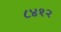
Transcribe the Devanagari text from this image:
८४१२